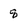
Character: 8